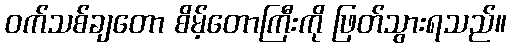
ဝက်သစ်ချတော စိမ့်တောကြီးကို ဖြတ်သွားရသည်။